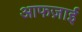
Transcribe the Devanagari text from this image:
आफज़ाई